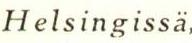
Helsingissä